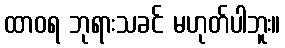
ထာဝရ ဘုရားသခင် မဟုတ်ပါဘူး။